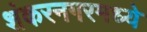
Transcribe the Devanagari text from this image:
शंकरनगरमध्ये